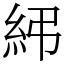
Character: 𥾯